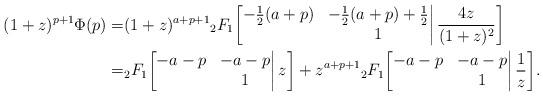
LaTeX: \begin{align*}(1+z)^{p+1}\Phi(p)=&(1+z)^{a+p+1}{}_2F_1\bigg[\begin{matrix}-\frac{1}2(a+p)&-\frac{1}2(a+p)+\frac12\\&1\end{matrix}\bigg|\,\frac{4z}{(1+z)^2}\bigg]\\=&{}_2F_1\bigg[\begin{matrix}-a-p&-a-p\\&1\end{matrix}\bigg|\,z\bigg]+z^{a+p+1}{}_2F_1\bigg[\begin{matrix}-a-p&-a-p\\&1\end{matrix}\bigg|\,\frac1z\bigg].\end{align*}